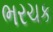
ભરચક